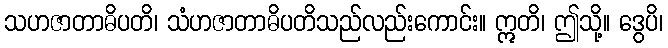
သဟဇာတာဓိပတိ၊ သံဟဇာတာဓိပတိသည်လည်းကောင်း။ ဣတိ၊ ဤသို့။ ဒွေပိ၊